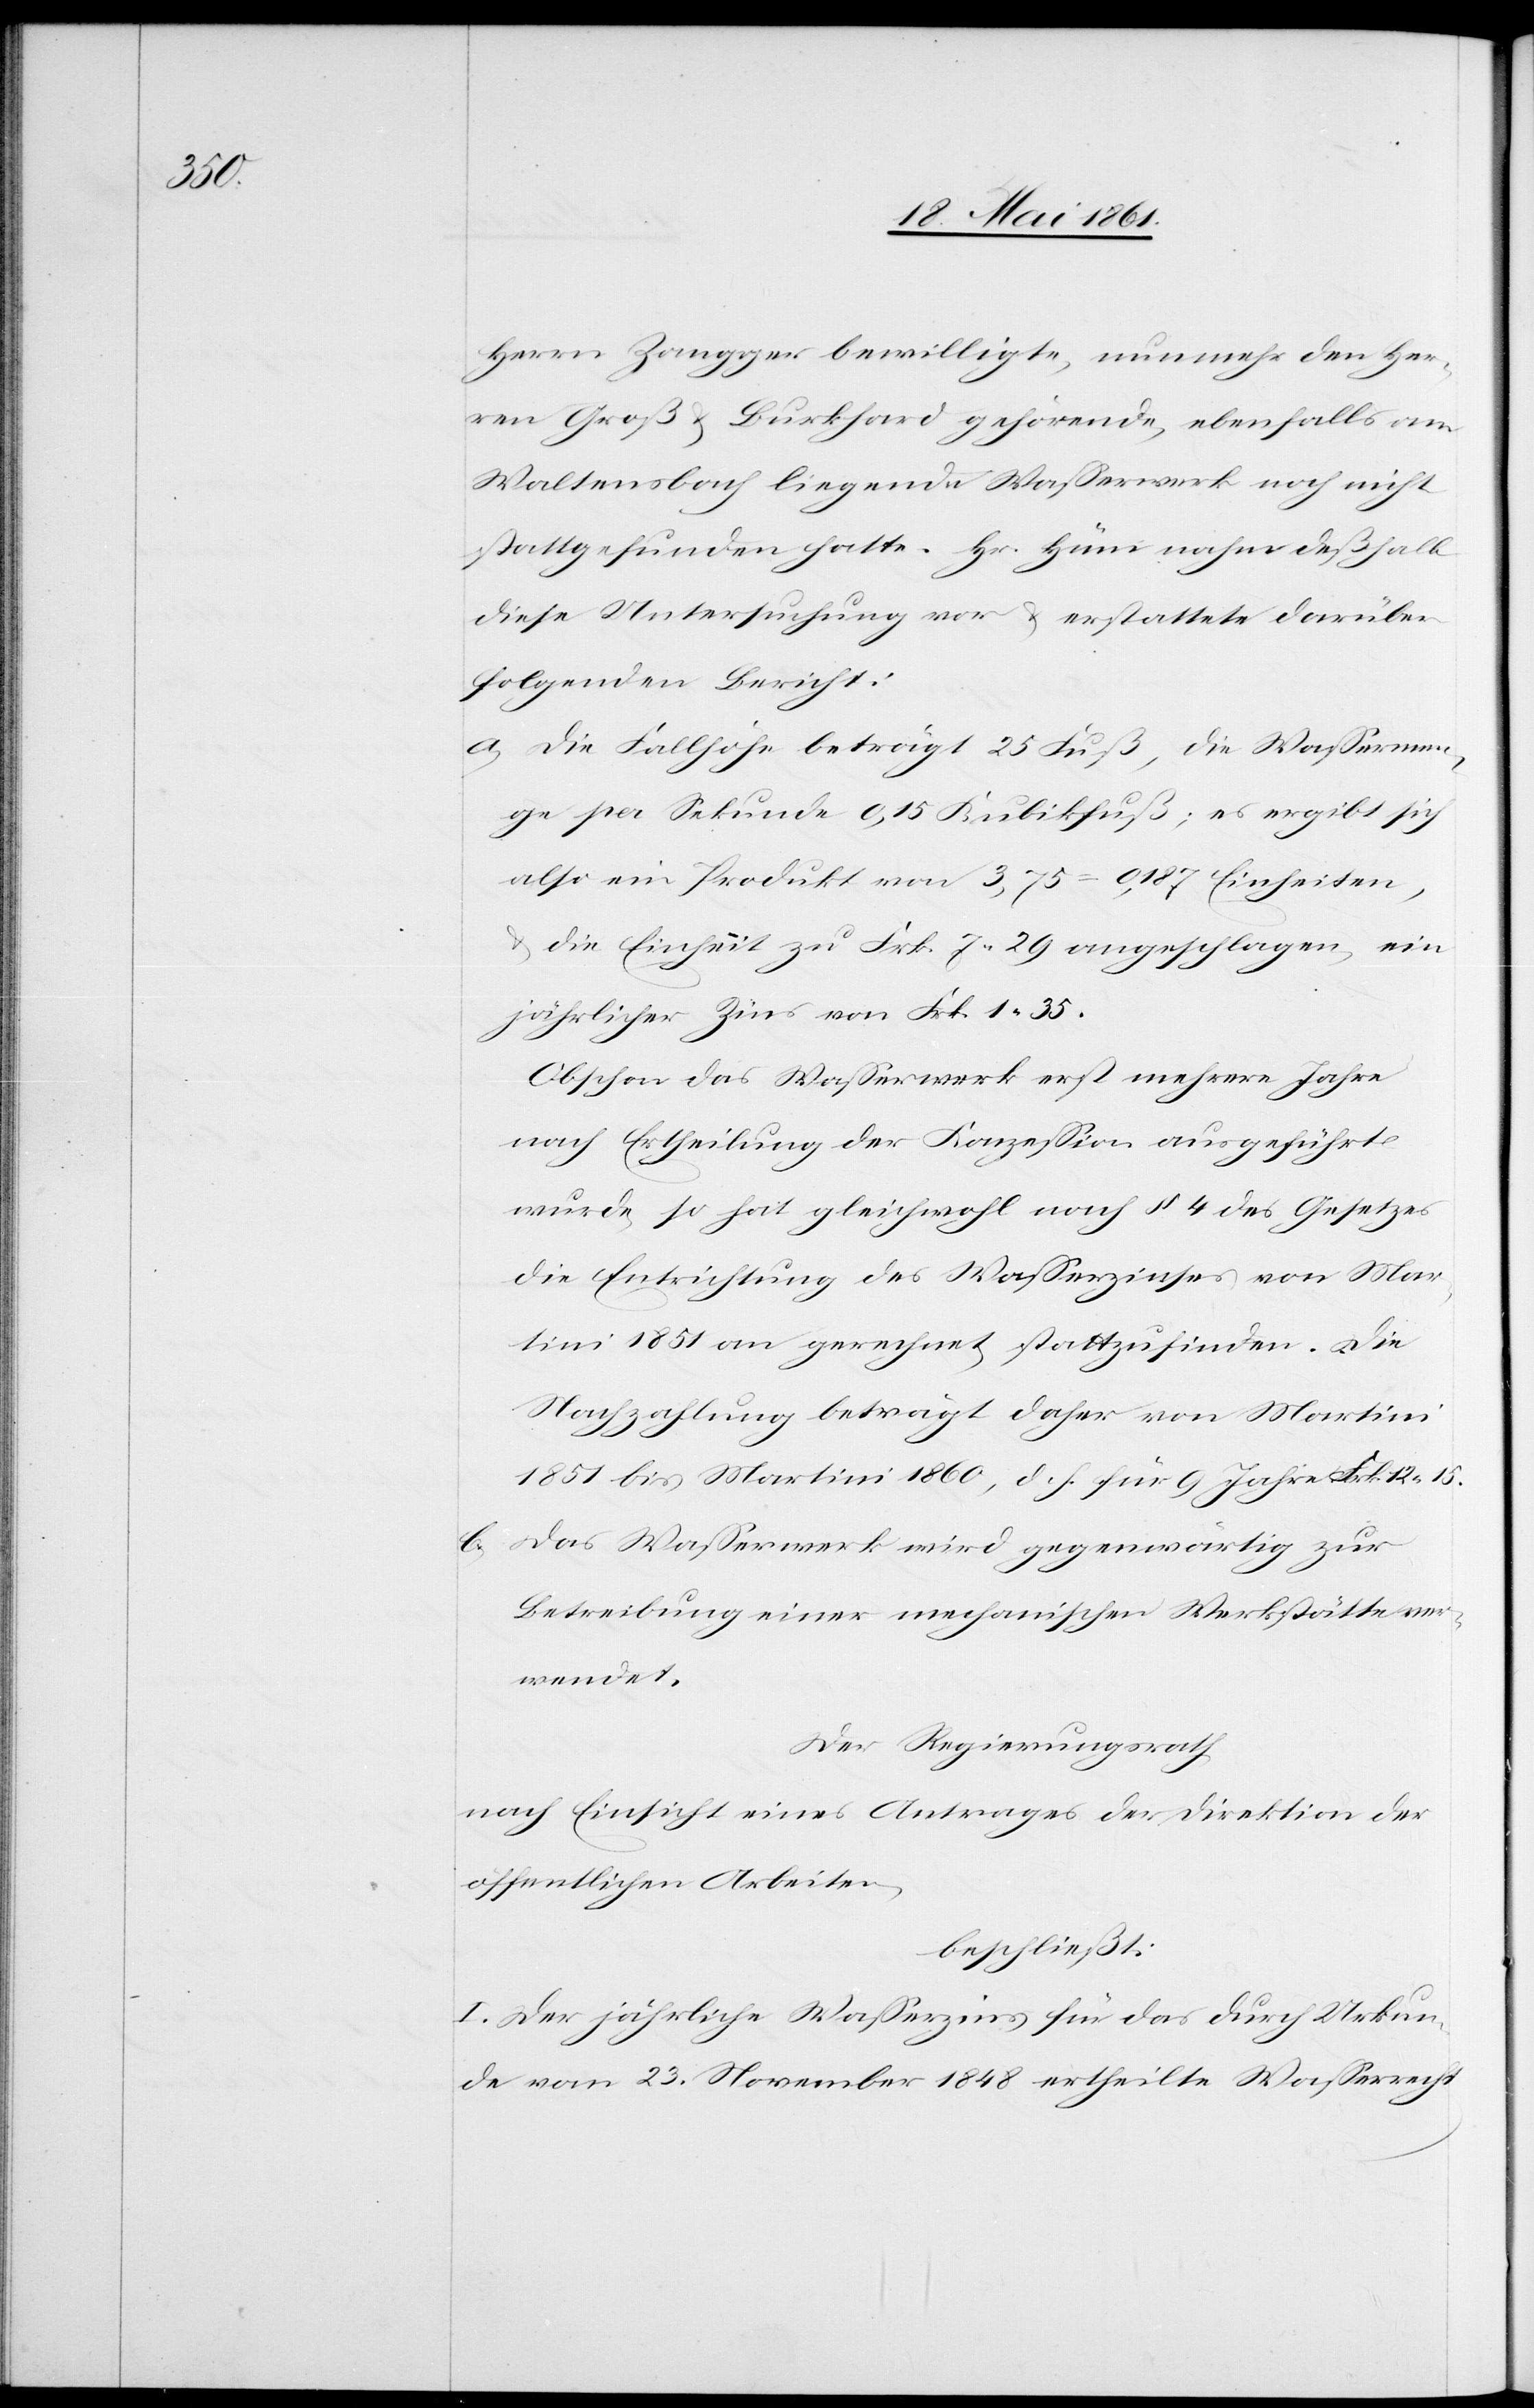
Herrn Zangger bewilligte, nunmehr den Her¬
ren Groß u. Burkhard gehörende, ebenfalls am
Waltensbach liegende Wasserwerk noch nicht
stattgefunden hatte. Hr. Hüni nahm deßhalb
diese Untersuchung vor u. erstattete darüber
folgenden Bericht:
a. Die Fallhöhe beträgt 25 Fuß, die Wassermen¬
ge per Sekunde 0,15 Kubikfuß; es ergibt sich
also ein Produkt von 3,75 = 0,187 Einheiten,
u. die Einheit zu Frk. 7,29 angeschlagen, ein
jährlicher Zins von Frk. 1,35.
Obschon das Wasserwerk erst mehrere Jahre
nach Ertheilung der Konzession ausgeführt
wurde, so hat gleichwohl nach § 4 des Gesetzes
die Entrichtung des Wasserzinses von Mar¬
tini 1851 an gerechnet, stattzufinden. Die
Nachzahlung beträgt daher von Martini
1851 bis Martini 1860, d. h. für 9 Jahre Frk. 12,15.
b. Das Wasserwerk wird gegenwärtig zur
Betreibung einer mechanischen Werkstätte ver¬
wendet.
Der Regierungsrath,
nach Einsicht eines Antrages der Direktion der
öffentlichen Arbeiten,
beschließt:
I. Der jährliche Wasserzins für das durch Urkun¬
de vom 23. November 1848 ertheilte Wasserrecht